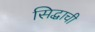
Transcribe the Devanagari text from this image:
सिद्धाची